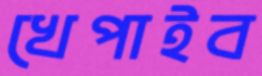
খেপাইব